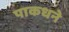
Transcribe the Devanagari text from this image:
पाकधने